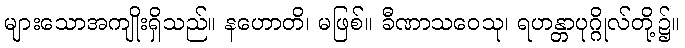
များသောအကျိုးရှိသည်။ နဟောတိ၊ မဖြစ်။ ခီဏာသဝေသု၊ ရဟန္တာပုဂ္ဂိုလ်တို့၌။